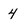
Character: 4